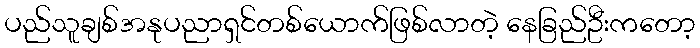
ပည်သူချစ်အနုပညာရှင်တစ်ယောက်ဖြစ်လာတဲ့ နေခြည်ဦးကတော့